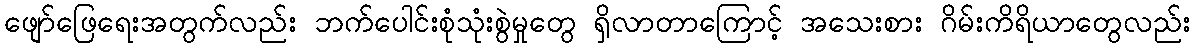
ဖျော်ဖြေရေးအတွက်လည်း ဘက်ပေါင်းစုံသုံးစွဲမှုတွေ ရှိလာတာကြောင့် အသေးစား ဂိမ်းကိရိယာတွေလည်း